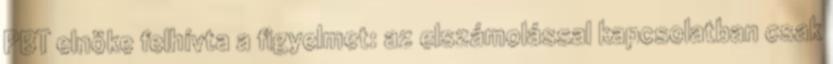
PBT elnöke felhívta a figyelmet: az elszámolással kapcsolatban csak